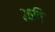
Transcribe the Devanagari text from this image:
२६वि